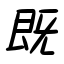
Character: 既